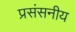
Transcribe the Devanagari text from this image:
प्रसंसनीय